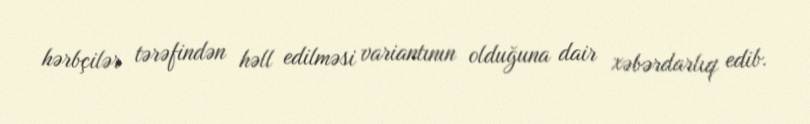
hərbçilər tərəfindən həll edilməsi variantının olduğuna dair xəbərdarlıq edib.